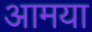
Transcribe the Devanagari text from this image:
आमया